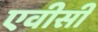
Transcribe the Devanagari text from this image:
एवीसी